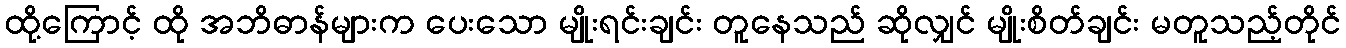
ထို့ကြောင့် ထို အဘိဓာန်များက ပေးသော မျိုးရင်းချင်း တူနေသည် ဆိုလျှင် မျိုးစိတ်ချင်း မတူသည့်တိုင်